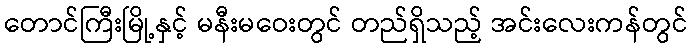
တောင်ကြီးမြို့နှင့် မနီးမဝေးတွင် တည်ရှိသည့် အင်းလေးကန်တွင်